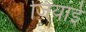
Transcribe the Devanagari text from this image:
जियाई